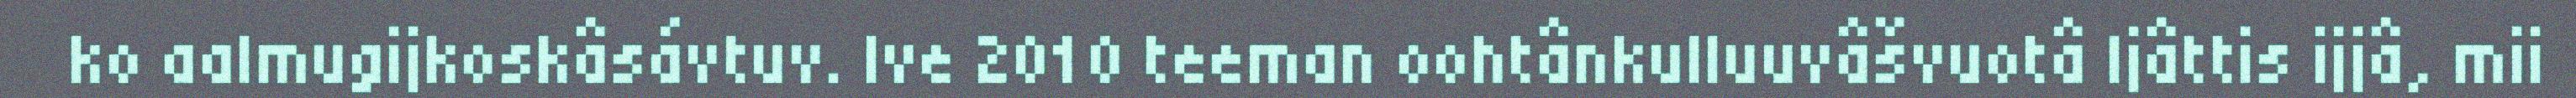
ko aalmugijkoskâsávtuv. Ive 2010 teeman oohtânkulluuvâšvuotâ Ijâttis ijjâ, mii